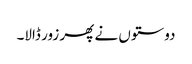
دوستوں نے پھر زور ڈالا۔